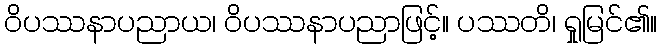
ဝိပဿနာပညာယ၊ ဝိပဿနာပညာဖြင့်။ ပဿတိ၊ ရှုမြင်၏။